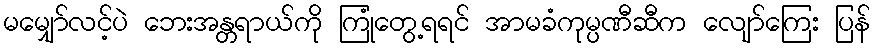
မမျှော်လင့်ပဲ ဘေးအန္တရာယ်ကို ကြုံတွေ့ရရင် အာမခံကုမ္ပဏီဆီက လျော်ကြေး ပြန်